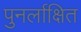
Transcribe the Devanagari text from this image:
पुनर्लाक्षित